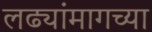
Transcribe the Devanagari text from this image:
लढ्यांमागच्या